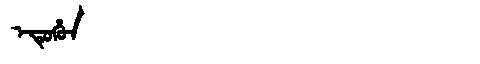
Manchu: ᡝᡨᡠᡥᡠᠨ
Romanization: ETUHUN